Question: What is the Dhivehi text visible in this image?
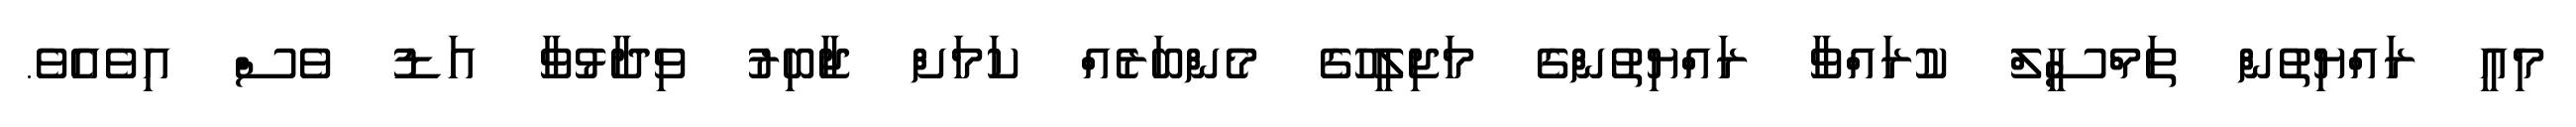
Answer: މިއީ ރައްޔިތުން ތަމްސީލް ކުރައްވާ ރައްޔިތުންގެ މަޖިލީހުގެ މެންބަރެއް ކަމަށް ޖާބިރު ވިދާޅުވާ އަޑު ވެސް އިވެއެވެ.